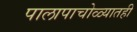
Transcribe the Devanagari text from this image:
पालापाचोळ्यातही